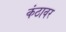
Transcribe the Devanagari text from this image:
कंठावर